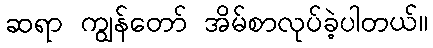
ဆရာ ကျွန်တော် အိမ်စာလုပ်ခဲ့ပါတယ်။